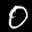
Label: 0